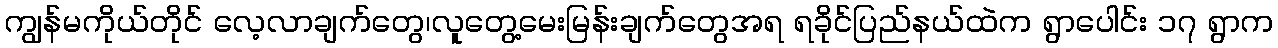
ကျွန်မကိုယ်တိုင် လေ့လာချက်တွေ၊လူတွေ့မေးမြန်းချက်တွေအရ ရခိုင်ပြည်နယ်ထဲက ရွာပေါင်း ၁၇ ရွာက